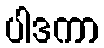
ပါဒကာ